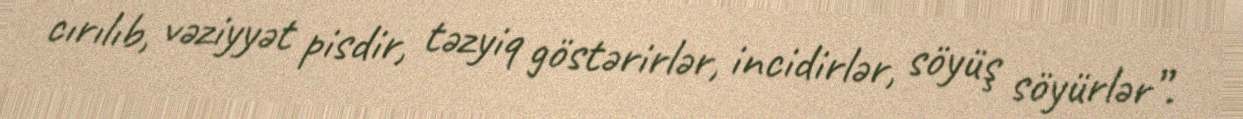
cırılıb, vəziyyət pisdir, təzyiq göstərirlər, incidirlər, söyüş söyürlər”.